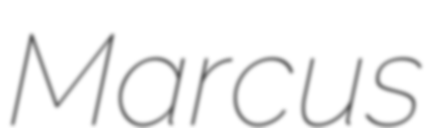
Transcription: Marcus